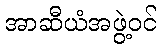
အာဆီယံအဖွဲ့ဝင်